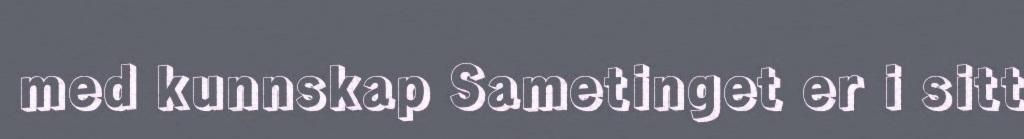
med kunnskap Sametinget er i sitt